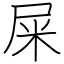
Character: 屎